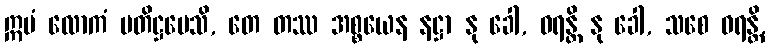
ဣမံ လောကံ ပတိဋ္ဌပေသိ, တေ တဿ အစ္စယေန နဋ္ဌာ နု ခေါ, ဓရန္တိ နု ခေါ, သစေ ဓရန္တိ,